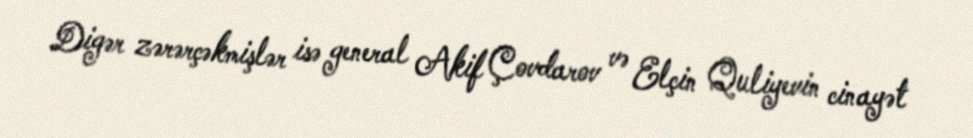
Digər zərərçəkmişlər isə general Akif Çovdarov və Elçin Quliyevin cinayət